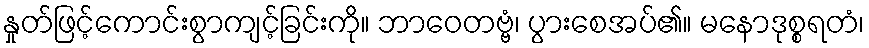
နှုတ်ဖြင့်ကောင်းစွာကျင့်ခြင်းကို။ ဘာဝေတဗ္ဗံ၊ ပွားစေအပ်၏။ မနောဒုစ္စရတံ၊